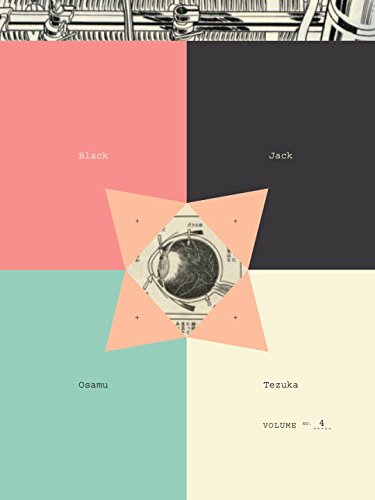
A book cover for Black Jack, Vol. 4; Osamu Tezuka; Comics & Graphic Novels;